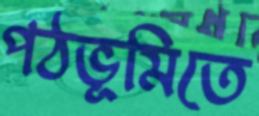
পঠভূমিতে